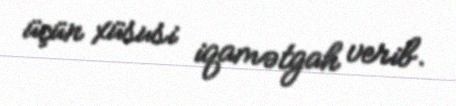
üçün xüsusi iqamətgah verib.